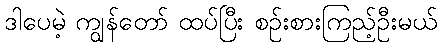
ဒါပေမဲ့ ကျွန်တော် ထပ်ပြီး စဉ်းစားကြည့်ဦးမယ်